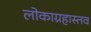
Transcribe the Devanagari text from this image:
लोकाग्रहास्तव